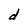
Character: d